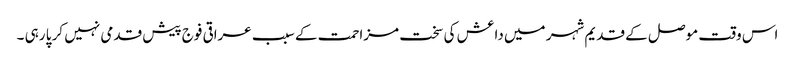
اس وقت موصل کے قدیم شہر میں داعش کی سخت مزاحمت کے سبب عراقی فوج پیش قدمی نہیں کر پا رہی ۔